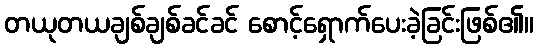
တယုတယချစ်ချစ်ခင်ခင် စောင့်ရှောက်ပေးခဲ့ခြင်းဖြစ်၏။